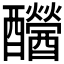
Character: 𨤂